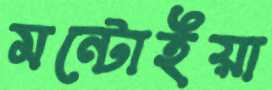
মন্টোইয়া